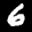
Label: 6